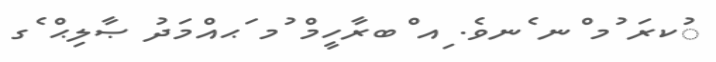
ުކރަ ުމ ްނ ެނވެ. ިއ ްބރާހީމް ުމ ަޙއްމަދު ޞާލިޙް ެގ